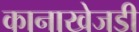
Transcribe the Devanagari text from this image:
कानाखेजडी